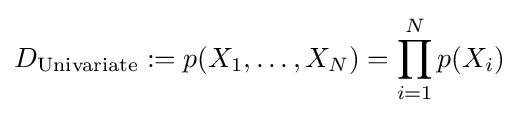
D_{\text{Univariate}}:=p(X_{1},\dots ,X_{N})=\prod _{i=1}^{N}p(X_{i})